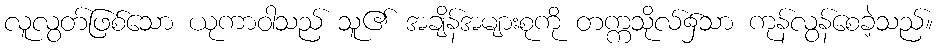
လူလွတ်ဖြစ်သော ယုကာဝါသည် သူ၏ အချိန်အများစုကို တက္ကသိုလ်၌သာ ကုန်လွန်စေခဲ့သည်။